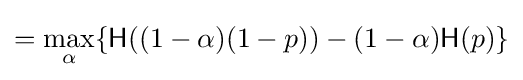
=\max _{\alpha }\{{\mathsf {H}}((1-\alpha )(1-p))-(1-\alpha ){\mathsf {H}}(p)\}